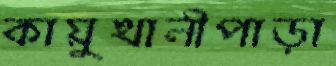
কায়ুখালীপাড়া